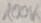
Text: 100K